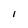
Character: I